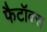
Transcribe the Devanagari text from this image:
फैटॉक्स